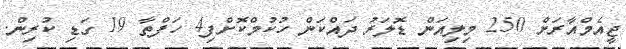
ޖީއެމްއާރަށް 250 މިލިއަން ޑޮލަރު ދައްކަން ހުކުމްކޮށްފި4 ހަފްތާ 19 ގަޑި ކުރިން.